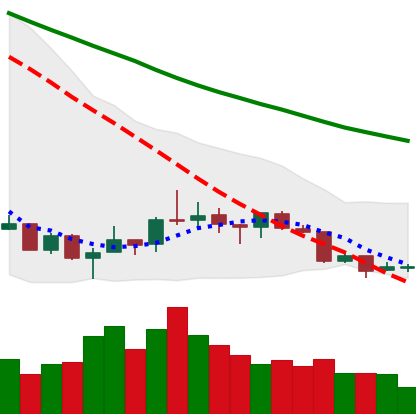
Ticker: XRP-USD
Chart end date: 2018-07-14
Forward return: 8.46%
Label: up_7plus